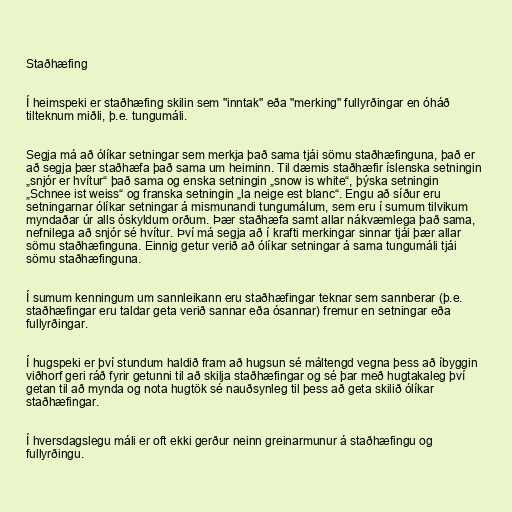
Staðhæfing

Í heimspeki er staðhæfing skilin sem "inntak" eða "merking" fullyrðingar en óháð
tilteknum miðli, þ.e. tungumáli.

Segja má að ólíkar setningar sem merkja það sama tjái sömu staðhæfinguna, það er
að segja þær staðhæfa það sama um heiminn. Til dæmis staðhæfir íslenska setningin
„snjór er hvítur“ það sama og enska setningin „snow is white“, þýska setningin
„Schnee ist weiss“ og franska setningin „la neige est blanc“. Engu að síður eru
setningarnar ólíkar setningar á mismunandi tungumálum, sem eru í sumum tilvikum
myndaðar úr alls óskyldum orðum. Þær staðhæfa samt allar nákvæmlega það sama,
nefnilega að snjór sé hvítur. Því má segja að í krafti merkingar sinnar tjái þær allar
sömu staðhæfinguna. Einnig getur verið að ólíkar setningar á sama tungumáli tjái
sömu staðhæfinguna.

Í sumum kenningum um sannleikann eru staðhæfingar teknar sem sannberar (þ.e.
staðhæfingar eru taldar geta verið sannar eða ósannar) fremur en setningar eða
fullyrðingar.

Í hugspeki er því stundum haldið fram að hugsun sé máltengd vegna þess að íbyggin
viðhorf geri ráð fyrir getunni til að skilja staðhæfingar og sé þar með hugtakaleg því
getan til að mynda og nota hugtök sé nauðsynleg til þess að geta skilið ólíkar
staðhæfingar.

Í hversdagslegu máli er oft ekki gerður neinn greinarmunur á staðhæfingu og
fullyrðingu.